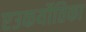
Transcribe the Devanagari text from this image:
एउकर्योतिका